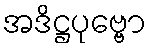
အဒိဋ္ဌပုဗ္ဗော